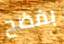
بفضح